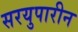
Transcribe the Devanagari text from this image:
सरयुपारीन